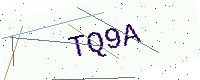
Text: TQ9A